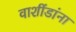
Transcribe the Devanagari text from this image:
वाशींडांना